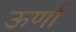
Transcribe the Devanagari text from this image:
ऊर्णा